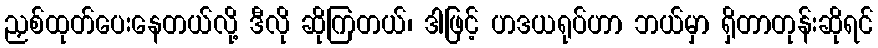
ညှစ်ထုတ်ပေးနေတယ်လို့ ဒီလို ဆိုကြတယ်၊ ဒါဖြင့် ဟဒယရုပ်ဟာ ဘယ်မှာ ရှိတာတုန်းဆိုရင်